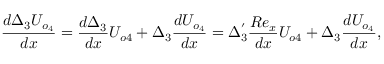
\frac { d \Delta _ { 3 } U _ { o _ { 4 } } } { d x } = \frac { d \Delta _ { 3 } } { d x } U _ { o 4 } + \Delta _ { 3 } \frac { d U _ { o _ { 4 } } } { d x } = \Delta _ { 3 } ^ { ' } \frac { R e _ { x } } { d x } U _ { o 4 } + \Delta _ { 3 } \frac { d U _ { o _ { 4 } } } { d x } ,